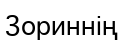
Зориннің